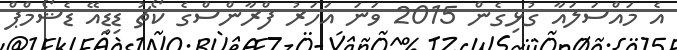
އެ މައްސަލައާ ގުޅިގެން 2015 ވަނަ އަހަރު ފްރާންސްގެ ކޯޗު ޑިޑިއޭ ޑެޝޯމްޕް